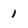
Character: 1